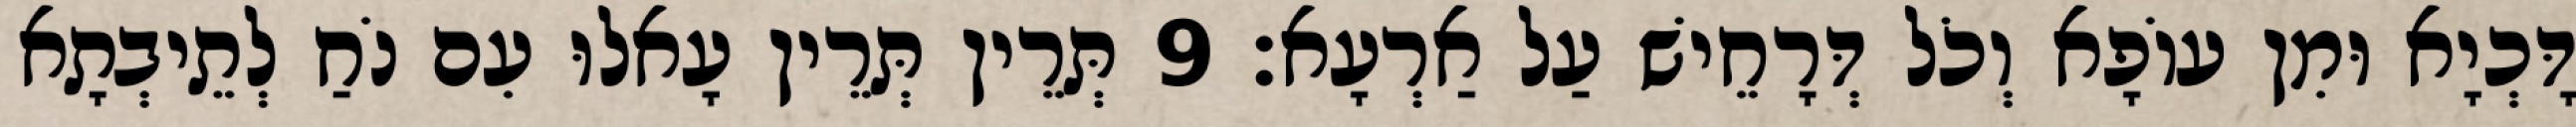
דָּכְיָא וּמִן עוֹפָא וְכֹל דְּרָחֵישׁ עַל אַרְעָא׃ 9 תְּרֵין תְּרֵין עָאלוּ עִם נֹחַ לְתֵיבְתָא